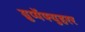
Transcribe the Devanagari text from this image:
ग्रुप्पेंफ्युहरर